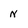
Character: N